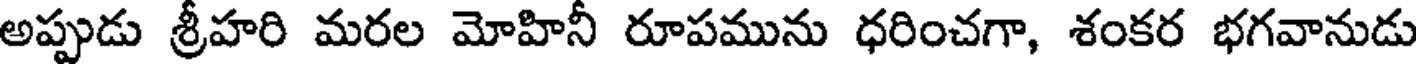
అప్పుడు శ్రీహరి మరల మోహినీ రూపమును ధరించగా, శంకర భగవానుడు